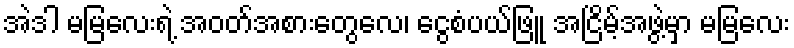
အဲဒါ မမြလေးရဲ့ အဝတ်အစားတွေလေ၊ ငွေစံပယ်ဖြူ အငြိမ့်အဖွဲ့မှာ မမြလေး